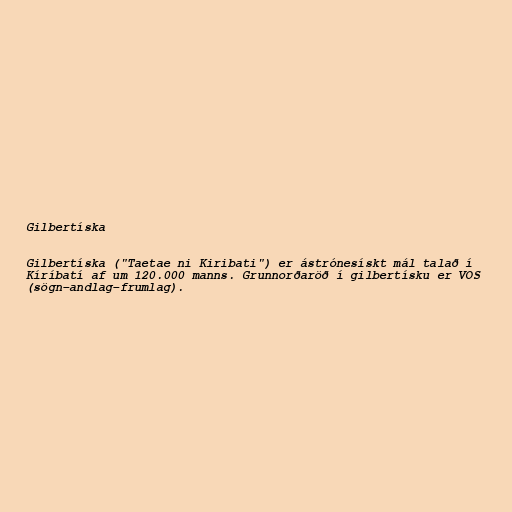
Gilbertíska

Gilbertíska ("Taetae ni Kiribati") er ástrónesískt mál talað í
Kíríbatí af um 120.000 manns. Grunnorðaröð í gilbertísku er VOS
(sögn–andlag–frumlag).